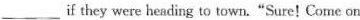
___ if they were heading to town. "Sure! Come on